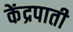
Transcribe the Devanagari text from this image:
केंद्रपाती